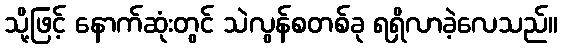
သို့ဖြင့် နောက်ဆုံးတွင် သဲလွန်စတစ်ခု ရရှိလာခဲ့လေသည်။